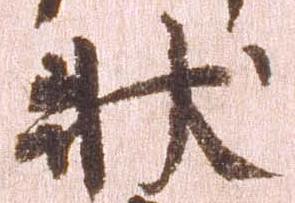
状